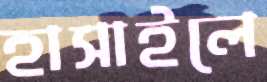
হাসাইলে